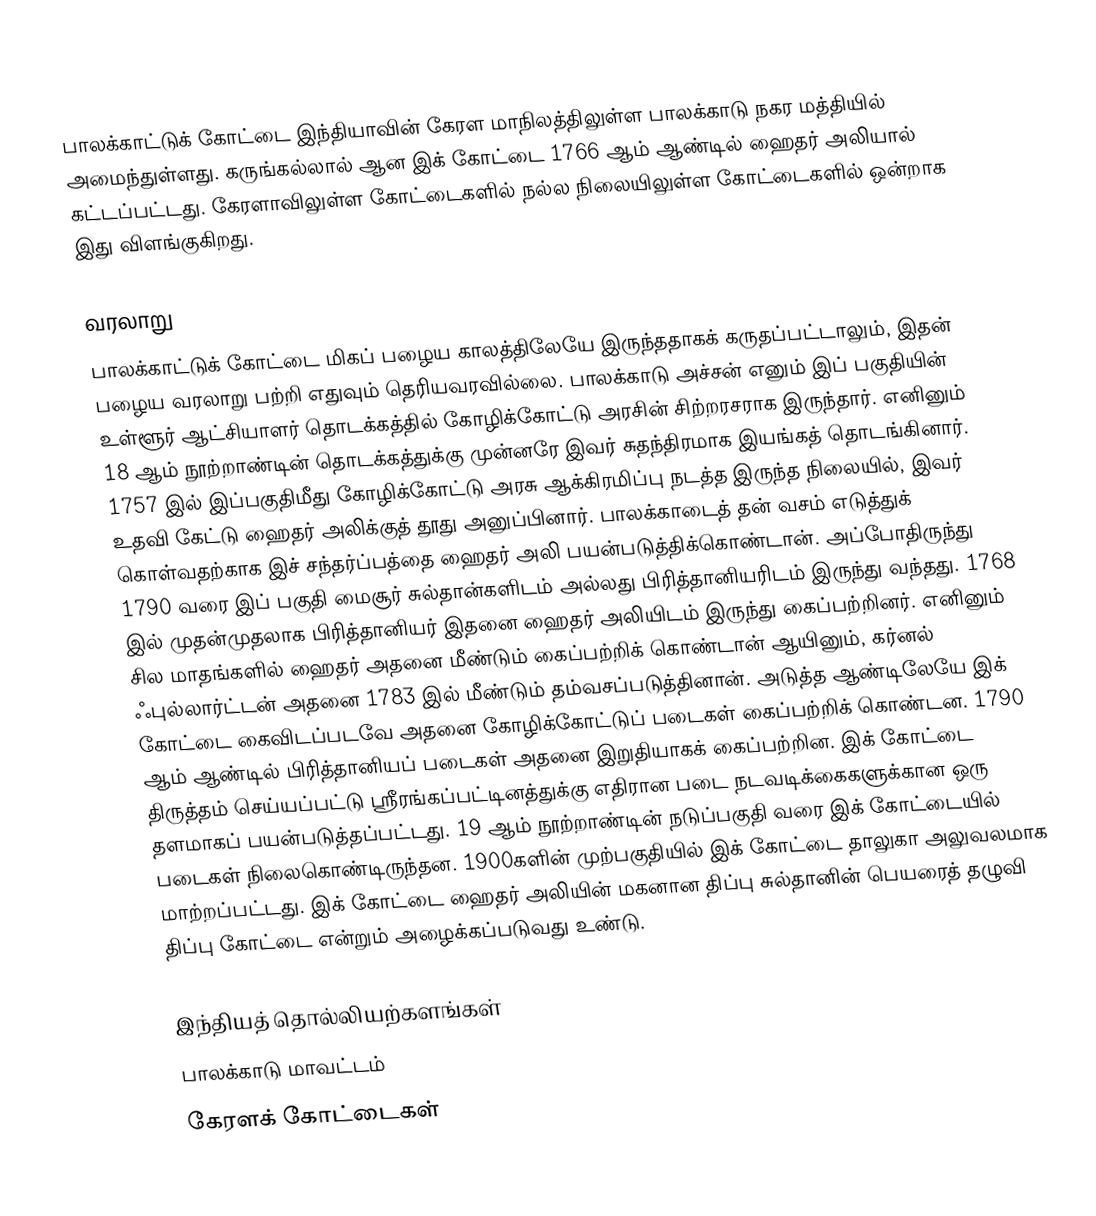
பாலக்காட்டுக் கோட்டை இந்தியாவின் கேரள மாநிலத்திலுள்ள பாலக்காடு நகர மத்தியில் அமைந்துள்ளது. கருங்கல்லால் ஆன இக் கோட்டை 1766 ஆம் ஆண்டில் ஹைதர் அலியால் கட்டப்பட்டது. கேரளாவிலுள்ள கோட்டைகளில் நல்ல நிலையிலுள்ள கோட்டைகளில் ஒன்றாக இது விளங்குகிறது.

வரலாறு
பாலக்காட்டுக் கோட்டை மிகப் பழைய காலத்திலேயே இருந்ததாகக் கருதப்பட்டாலும், இதன் பழைய வரலாறு பற்றி எதுவும் தெரியவரவில்லை. பாலக்காடு அச்சன் எனும் இப் பகுதியின் உள்ளூர் ஆட்சியாளர் தொடக்கத்தில் கோழிக்கோட்டு அரசின் சிற்றரசராக இருந்தார். எனினும் 18 ஆம் நூற்றாண்டின் தொடக்கத்துக்கு முன்னரே இவர் சுதந்திரமாக இயங்கத் தொடங்கினார். 1757 இல் இப்பகுதிமீது கோழிக்கோட்டு அரசு ஆக்கிரமிப்பு நடத்த இருந்த நிலையில், இவர் உதவி கேட்டு ஹைதர் அலிக்குத் தூது அனுப்பினார். பாலக்காடைத் தன் வசம் எடுத்துக் கொள்வதற்காக இச் சந்தர்ப்பத்தை ஹைதர் அலி பயன்படுத்திக்கொண்டான். அப்போதிருந்து 1790 வரை இப் பகுதி மைசூர் சுல்தான்களிடம் அல்லது பிரித்தானியரிடம் இருந்து வந்தது.  1768 இல் முதன்முதலாக பிரித்தானியர் இதனை ஹைதர் அலியிடம் இருந்து கைப்பற்றினர். எனினும் சில மாதங்களில் ஹைதர் அதனை மீண்டும் கைப்பற்றிக் கொண்டான் ஆயினும், கர்னல் ஃபுல்லார்ட்டன் அதனை 1783 இல் மீண்டும் தம்வசப்படுத்தினான். அடுத்த ஆண்டிலேயே இக் கோட்டை கைவிடப்படவே அதனை கோழிக்கோட்டுப் படைகள் கைப்பற்றிக் கொண்டன. 1790 ஆம் ஆண்டில் பிரித்தானியப் படைகள் அதனை இறுதியாகக் கைப்பற்றின. இக் கோட்டை திருத்தம் செய்யப்பட்டு ஸ்ரீரங்கப்பட்டினத்துக்கு எதிரான படை நடவடிக்கைகளுக்கான ஒரு தளமாகப் பயன்படுத்தப்பட்டது. 19 ஆம் நூற்றாண்டின் நடுப்பகுதி வரை இக் கோட்டையில் படைகள் நிலைகொண்டிருந்தன. 1900களின் முற்பகுதியில் இக் கோட்டை தாலுகா அலுவலமாக மாற்றப்பட்டது. இக் கோட்டை ஹைதர் அலியின் மகனான திப்பு சுல்தானின் பெயரைத் தழுவி திப்பு கோட்டை என்றும் அழைக்கப்படுவது உண்டு.

இந்தியத் தொல்லியற்களங்கள்
பாலக்காடு மாவட்டம்
கேரளக் கோட்டைகள்